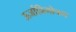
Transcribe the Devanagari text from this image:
ऊर्जाविमोचन